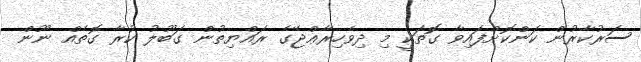
ސަރުކާރުން ކަންކޮށްފައިވާ ގޮތަކީ މި ދިވެހިރާޢްޖޭގެ ރައްޔިތުން ގަބޫލު ކުރާ ގޮތެއް ނޫން